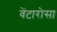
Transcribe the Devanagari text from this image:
वेंटारोसा